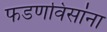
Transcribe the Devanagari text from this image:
फडणविसांना